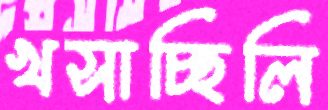
খসাচ্ছিলি